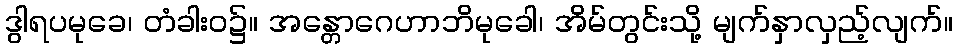
ဒွါရပမုခေ၊ တံခါးဝ၌။ အန္တောဂေဟာဘိမုခေါ၊ အိမ်တွင်းသို့ မျက်နှာလှည့်လျက်။